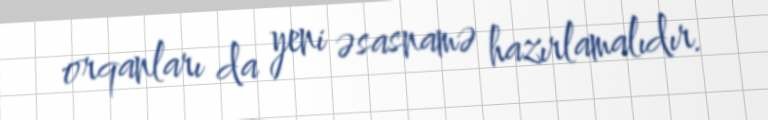
orqanları da yeni əsasnamə hazırlamalıdır.